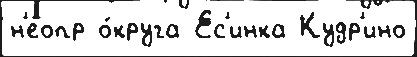
н'еопр о́круга Ес'инка Кудр'ино